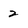
Character: 2